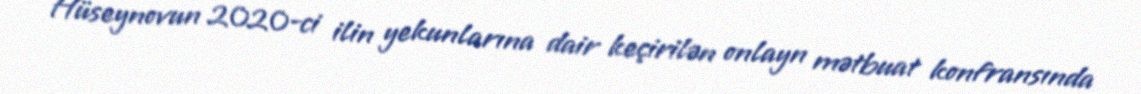
Hüseynovun 2020-ci ilin yekunlarına dair keçirilən onlayn mətbuat konfransında